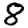
Digit: 8